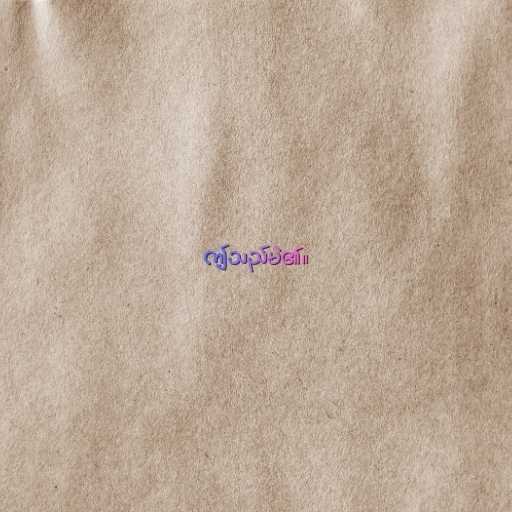
ဤသည်မဲ၏။